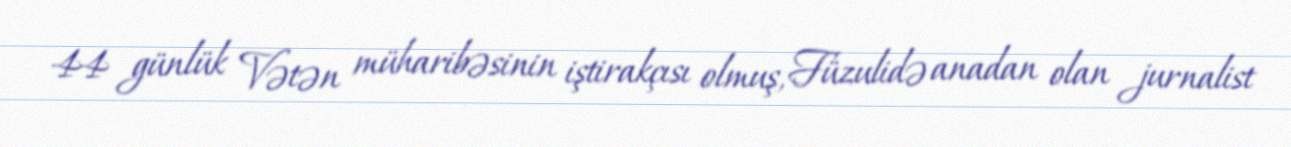
44 günlük Vətən müharibəsinin iştirakçısı olmuş, Füzulidə anadan olan jurnalist